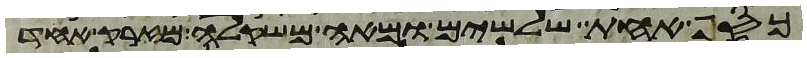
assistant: כסף אחת שלשים ומאה משקלה מזרק אחד